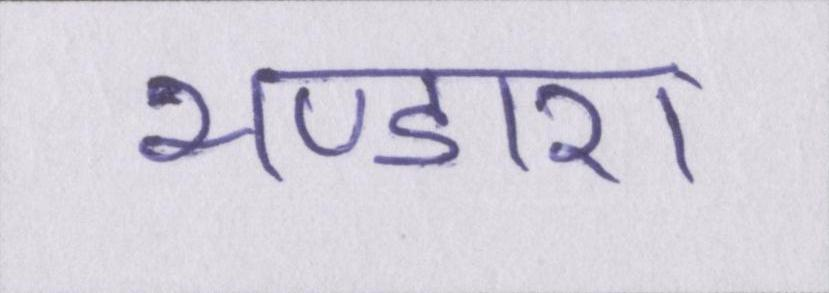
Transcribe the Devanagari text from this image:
भण्डारा